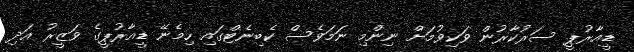
ޑީއާރުޕީ ސަރުކާރުން ވަކިވުމަށް ނިންމި ނަމަވެސް ކެބިނެޓްގައި ހިމެނޭ ޑީއާރުޕީގެ ވަޒީރު އަދި